Report on lock hospitals in British Burma
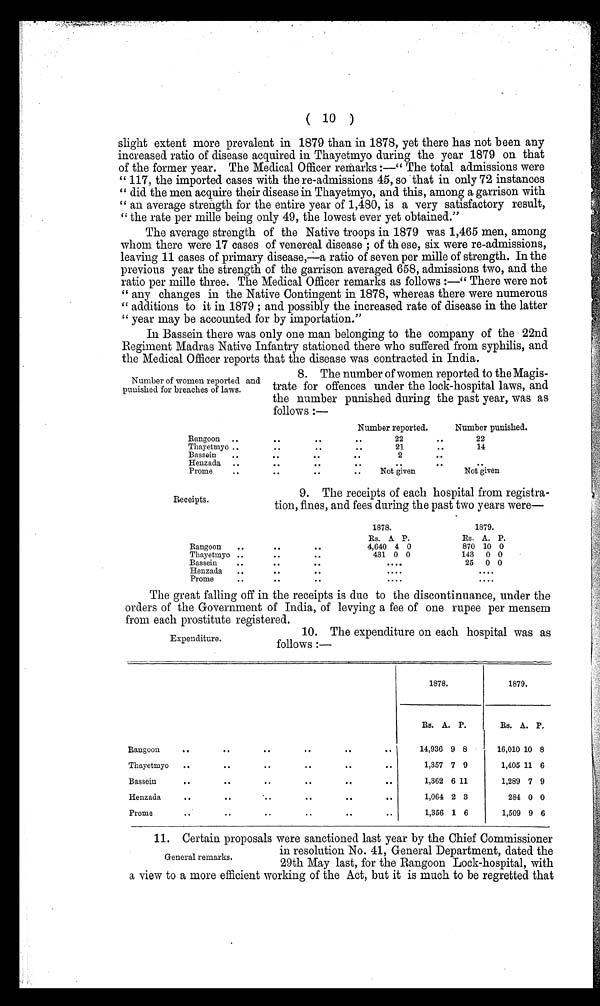
( 10 )
slight extent more prevalent in 1879 than in 1878, yet there has not been any
increased ratio of disease acquired in Thayetmyo during the year 1879 on that
of the former year. The Medical Officer remarks :—" The total admissions were
" 117, the imported cases with the re-admissions 45, so that in only 72 instances
" did the men acquire their disease in Thayetmyo, and this, among a garrison with
" an average strength for the entire year of 1,480, is a very satisfactory result,
" t he r at e per mi l l e bei ng onl y 49, t he l owest ever yet obt ai ned. "
The average strength of the Native troops in 1879 was 1,465 men, among
whom there were 17 cases of venereal disease ; of th ese, six were re-admissions,
leaving 11 cases of primary disease,a ratio of seven per mine of strength. In the
previous year the strength of the garrison averaged 658, admissions two, and the
r a t i o p e r mi l l e t h r e e . T h e Me d i c a l Of f i c e r r e ma r k s a s f o l l o ws : —" T h e r e we r e n o t
" any changes in the Native Contingent in 1878, whereas there were numerous
" additions to it in 1879 ; and possibly the increased rate of disease in the latter
" year may be accounted for by importation."
In Bassein there was only one man belonging to the company of the 22nd
Regiment Madras Native Infantry stationed there who suffered from syphilis, and
the Medical Officer reports that the disease was contracted in India.
Number of women reported and
punished for breaches of laws.
8. The number of women reported to the Magis-
trate for offences under the lock-hospital laws, and
the number punished during the past year, was as
follows :—
Number reported.
Number punished.
Rangoon
..
..
..
..
22..
22
Thayetmyo ..
..
.. ..
21
..
14
Bassein
.. ..
..
..
2
..
Henzada
..
..
.. ..
.. ..
Prome
.. ..
. .
Not given
Not given
Receipts.
9. The receipts of each hospital from registra-
tion, fines, and fees during the past two years were—
1878.
1879.
Rs. A P.
Rs. A. P.
Rangoon
..
.. ..
4,640 4 0
870 10 0
Thayetmyo ..
..
..
431 0 0
143
0 0
Bassein
..
.. ..
. . . .
25
0 0
Henzada
..
.. ..
. . . .
. . . .
Prome..
. . . .
. . . .
The great falling off in the receipts is due to the discontinuance, under the
orders of the Government of India, of levying a fee of one rupee per mensem
from each prostitute registered.
Expenditure.
10. The expenditure on each hospital was as
follows :—
1878.
1879.
Rs. A. P.
Rs. A. P.
Rangoon
.. ..
.. .. ..
14,936 9 8
16,010 10 8
Thayetmyo
..
..
..
..
• •
1,357 7 9
1,405 11 6
Bassein
..
..
..
..
..
1,362 6 11
1,289 7 9
Henzada
..
..
.. ..
..
1,064 2 3
284 0 0
Prome
.. ..
..
.. ..
1,356 1 6
1,509 9 6
11. Certain proposals were sanctioned last year by the Chief Commissioner
in resolution No. 41, General Department, dated the
General remarks.
29th May last, for the Rangoon Lock-hospital, with
a view to a more efficient working of the Act, but it is much to be regretted that